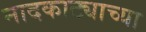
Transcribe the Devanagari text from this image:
नादकाट्याच्या